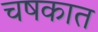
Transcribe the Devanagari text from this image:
चषकात